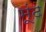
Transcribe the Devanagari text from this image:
मूंढ